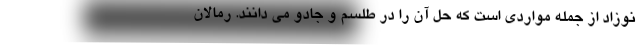
نوزاد از جمله مواردی است که حل آن را در طلسم و جادو می دانند. رمالان